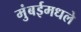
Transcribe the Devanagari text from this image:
मुंबईमधले